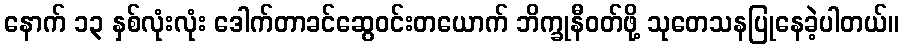
နောက် ၁၃ နှစ်လုံးလုံး ဒေါက်တာခင်ဆွေဝင်းတယောက် ဘိက္ခုနီဝတ်ဖို့ သုတေသနပြုနေခဲ့ပါတယ်။